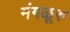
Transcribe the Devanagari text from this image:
मंगळूरु